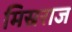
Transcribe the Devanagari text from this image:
मिस्रराज